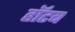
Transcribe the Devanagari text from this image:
हॉटब